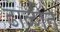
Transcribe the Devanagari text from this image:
ढाळीत